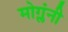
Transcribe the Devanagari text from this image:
मोग्लंनी